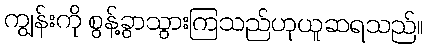
ကျွန်းကို စွန့်ခွာသွားကြသည်ဟုယူဆရသည်။